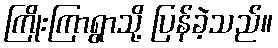
ကြိုးကြာရွာသို့ ပြန်ခဲ့သည်။